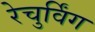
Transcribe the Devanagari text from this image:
रेचुर्विंग